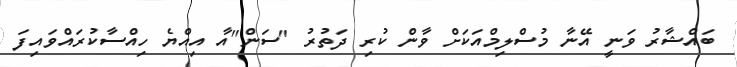
ބައްޝާރު ވަނީ އޭނާ މުސްލިމްއަކަށް ވާން ކުރި ދަތުރު "ސަން"އާ އިއްޔެ ހިއްސާކުރައްވައިފަ